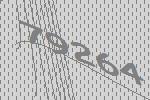
79264